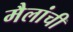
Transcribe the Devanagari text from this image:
मैलांची